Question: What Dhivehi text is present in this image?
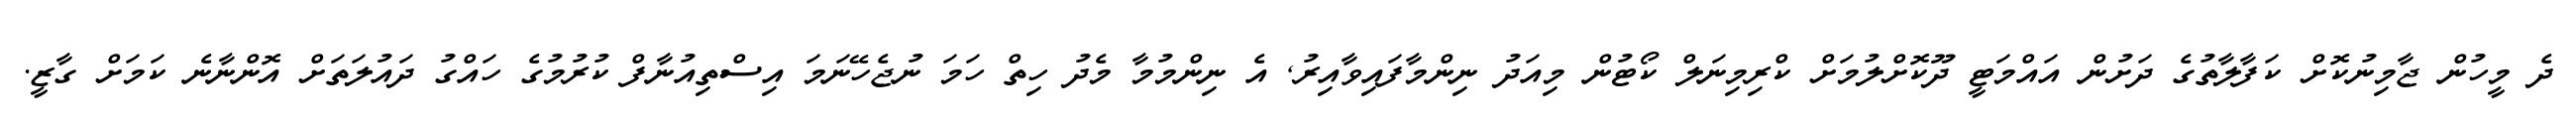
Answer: ދެ މީހުން ޖާމިނުކޮށް ކަފާލާތުގެ ދަށުން އައްމަޓީ ދޫކޮށްލުމަށް ކްރިމިނަލް ކޯޓުން މިއަދު ނިންމާފައިވާއިރު, އެ ނިންމުމާ މެދު ހިތް ހަމަ ނުޖެހޭނަމަ އިސްތިއުނާފް ކުރުމުގެ ހައްގު ދައުލަތަށް އޮންނާނެ ކަމަށް ގާޒީ.